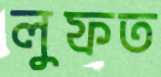
লুফত